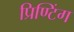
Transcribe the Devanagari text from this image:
प्रिण्टिंग